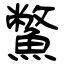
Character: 鱉